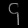
Digit: ၄